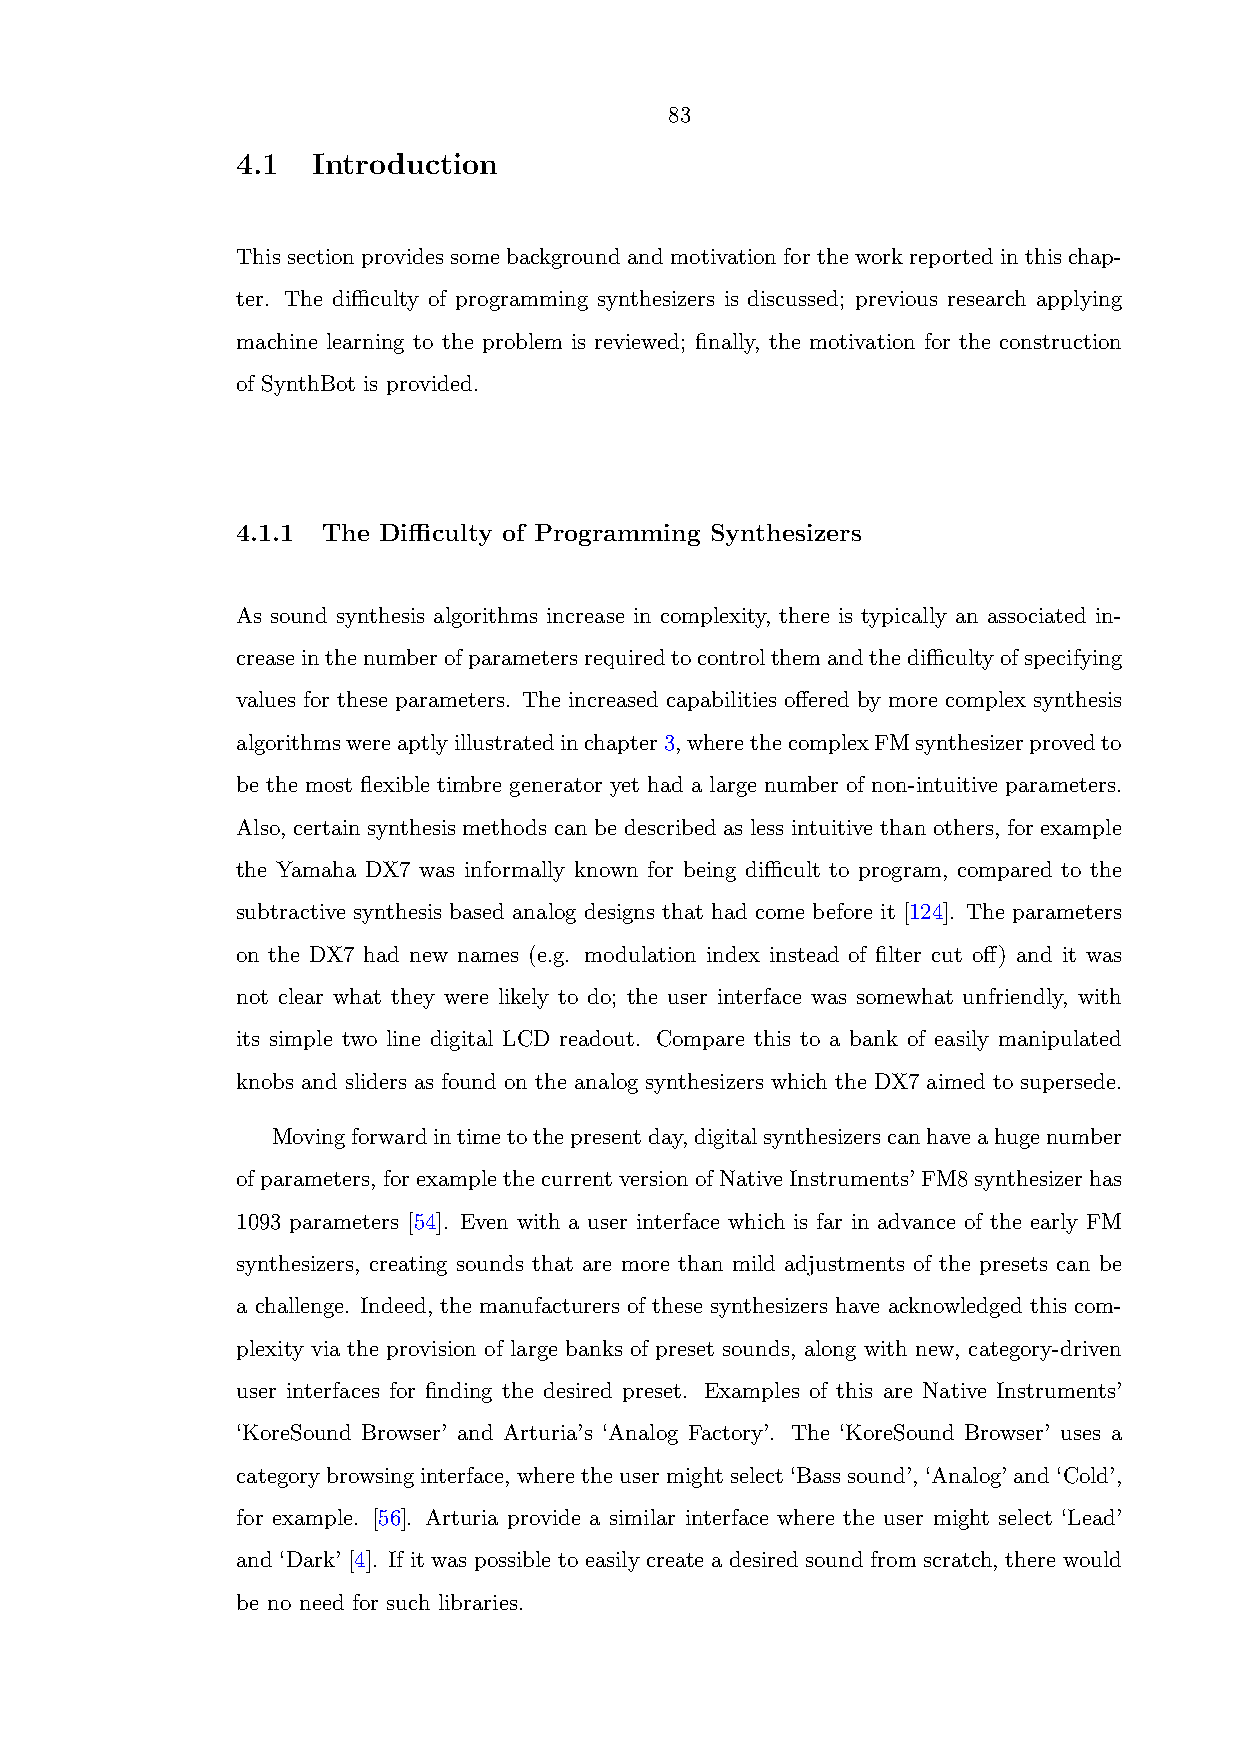
83
 4.1  Introduction
 This section provides some background and motivation for the work reported in this chap-
 ter. The difficulty of programming synthesizers is discussed; previous research applying
 machine learning to the problem is reviewed; finally, the motivation for the construction
 of SynthBot is provided.
 4.1.1 The Difficulty of Programming Synthesizers
 As sound synthesis algorithms increase in complexity, there is typically an associated in-
 creaseinthenumberofparametersrequiredtocontrolthemandthedifficultyofspecifying
 values for these parameters. The increased capabilities offered by more complex synthesis
 algorithmswereaptlyillustratedinchapter3,wherethecomplexFMsynthesizerprovedto
 be the most flexible timbre generator yet had a large number of non-intuitive parameters.
 Also, certain synthesis methods can be described as less intuitive than others, for example
 the Yamaha DX7 was informally known for being difficult to program, compared to the
 subtractive synthesis based analog designs that had come before it [124]. The parameters
 on the DX7 had new names (e.g. modulation index instead of filter cut off) and it was
 not clear what they were likely to do; the user interface was somewhat unfriendly, with
 its simple two line digital LCD readout. Compare this to a bank of easily manipulated
 knobs and sliders as found on the analog synthesizers which the DX7 aimed to supersede.
 Movingforwardintimetothepresentday,digitalsynthesizerscanhaveahugenumber
 ofparameters, forexamplethecurrentversionofNativeInstruments’FM8synthesizerhas
 1093 parameters [54]. Even with a user interface which is far in advance of the early FM
 synthesizers, creating sounds that are more than mild adjustments of the presets can be
 a challenge. Indeed, the manufacturers of these synthesizers have acknowledged this com-
 plexity via the provision of large banks of preset sounds, along with new, category-driven
 user interfaces for finding the desired preset. Examples of this are Native Instruments’
 ‘KoreSound Browser’ and Arturia’s ‘Analog Factory’. The ‘KoreSound Browser’ uses a
 categorybrowsinginterface, wheretheusermightselect‘Basssound’, ‘Analog’and‘Cold’,
 for example. [56]. Arturia provide a similar interface where the user might select ‘Lead’
 and ‘Dark’ [4]. If it was possible to easily create a desired sound from scratch, there would
 be no need for such libraries.